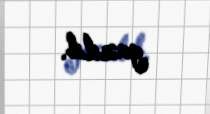
yazılıb.